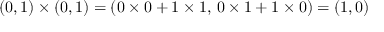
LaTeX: ( 0 , 1 ) \times ( 0 , 1 ) = ( 0 \times 0 + 1 \times 1 , \, 0 \times 1 + 1 \times 0 ) = ( 1 , 0 )